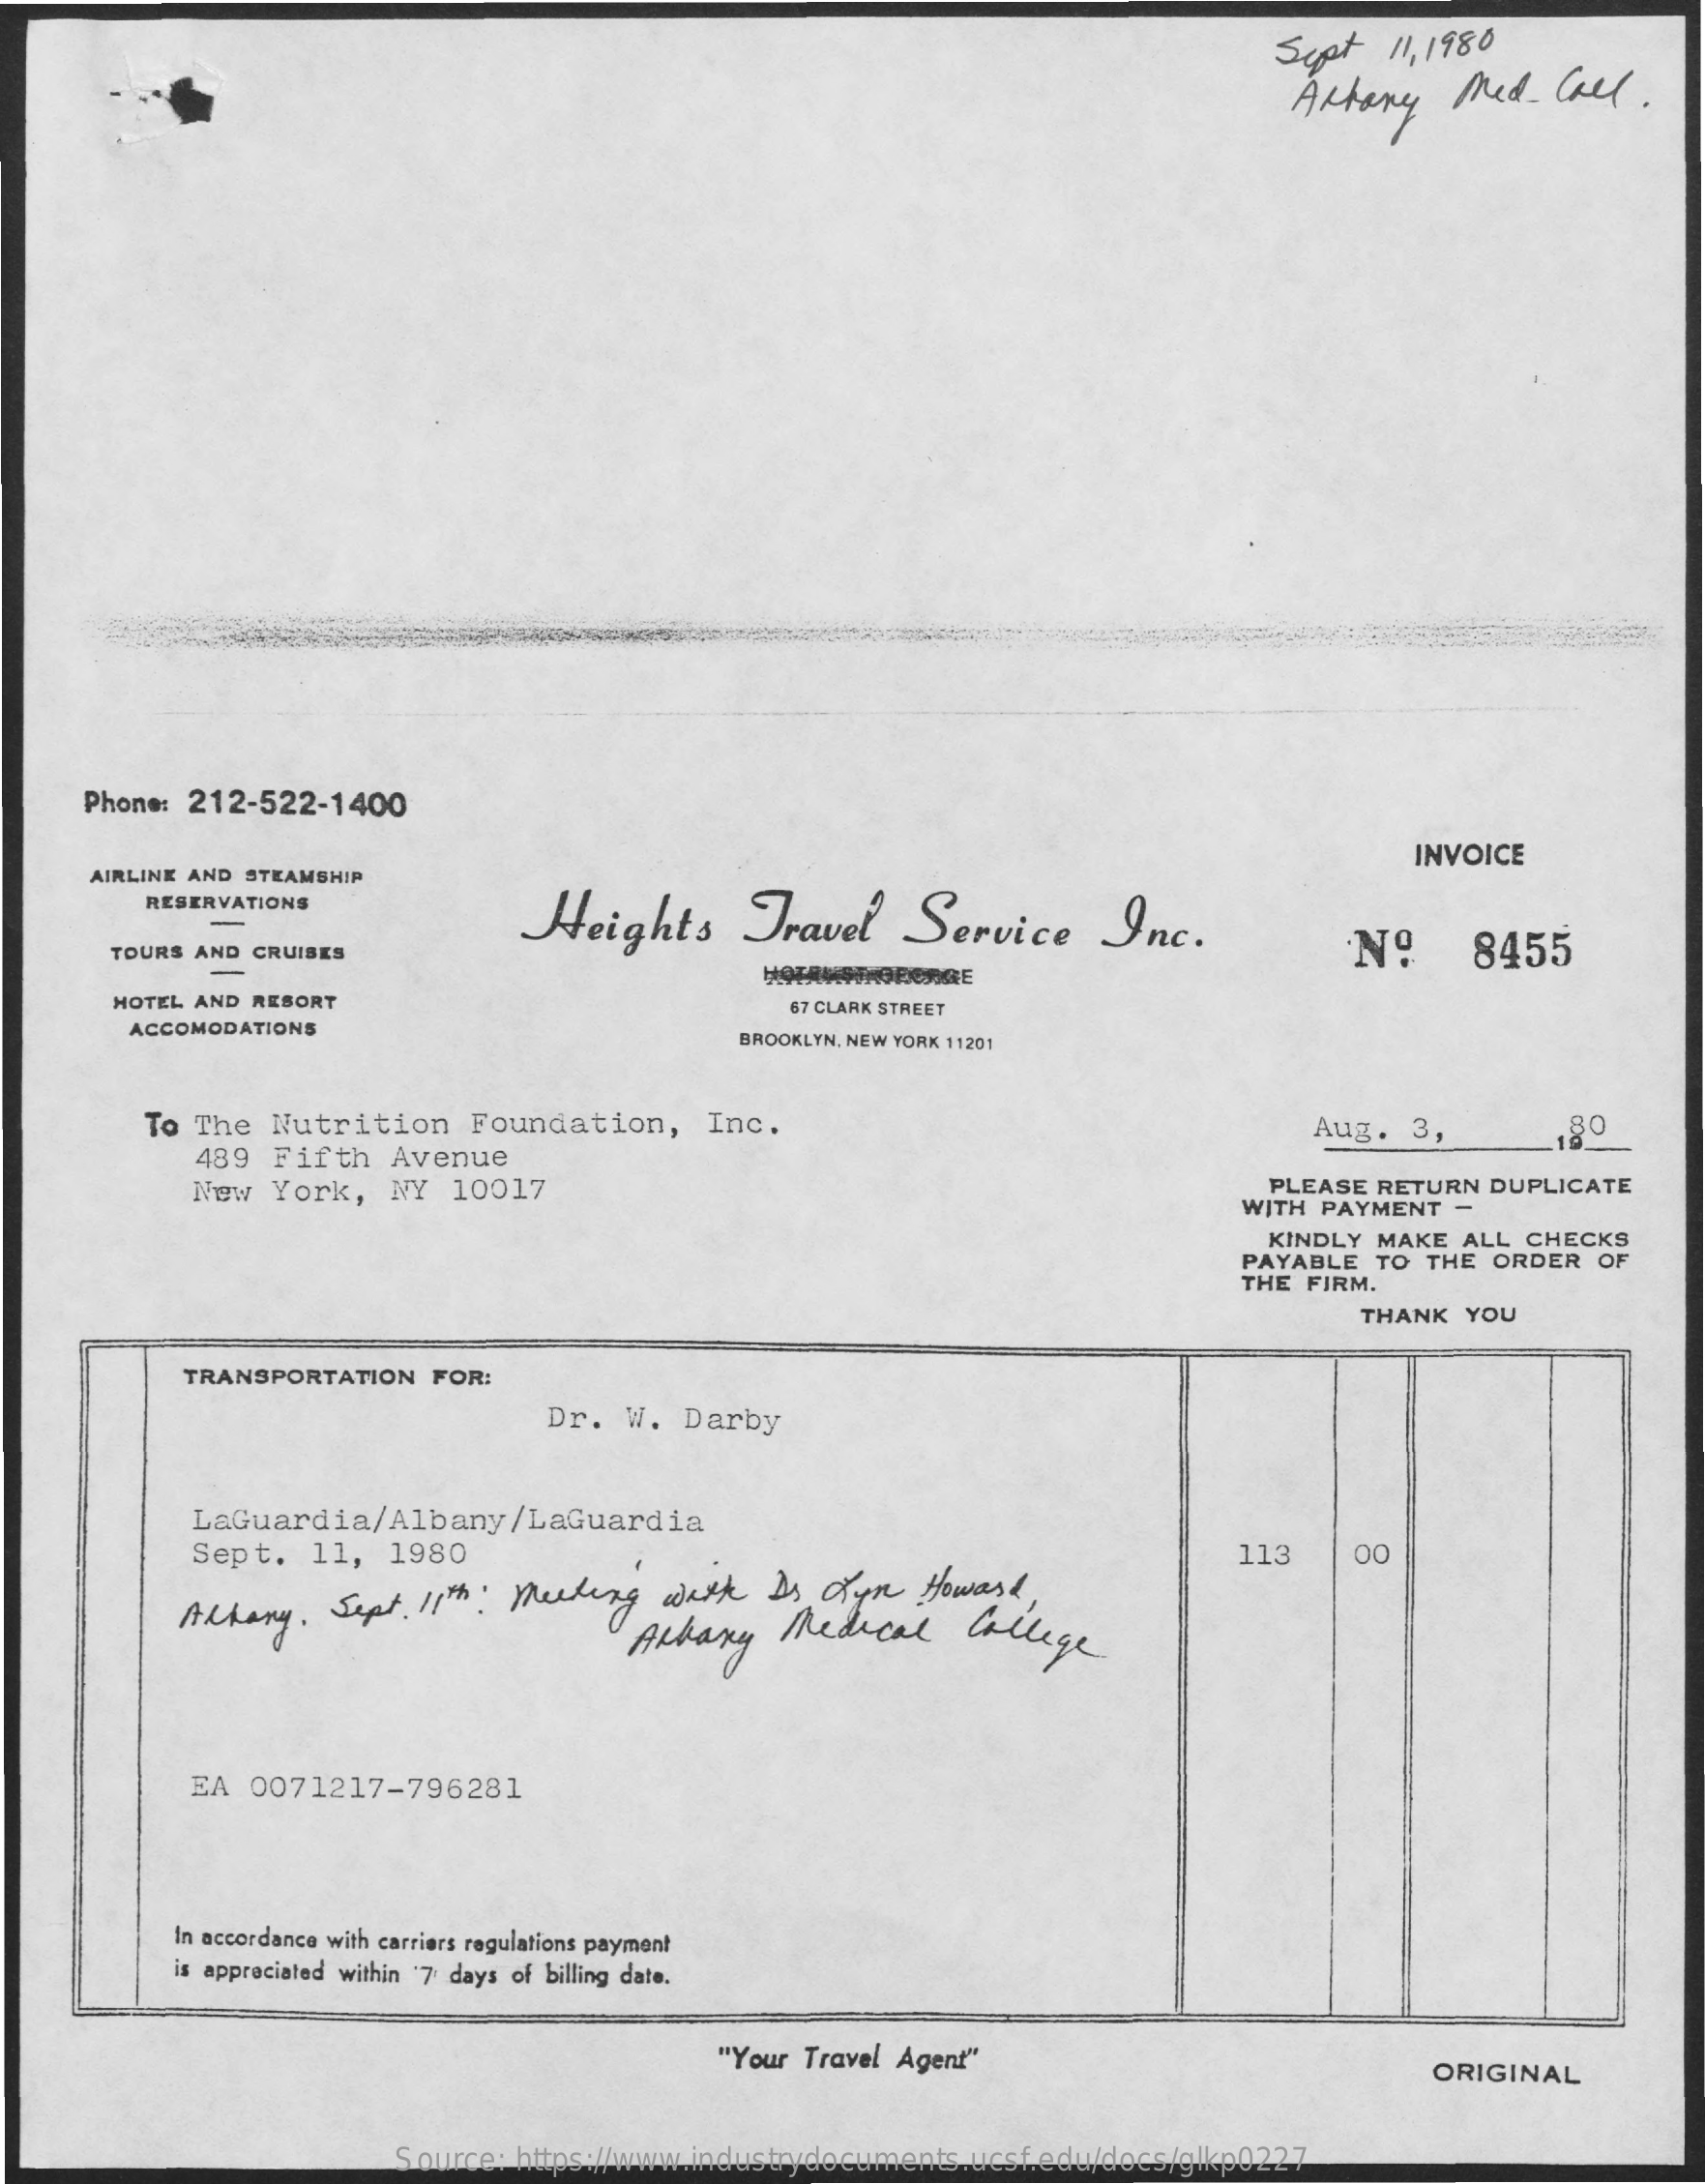
Sept    11, 1980
     Artery   Med-   Call.
     Phone: 212-522-1400
     INVOICE
     AIRLINE AND STEAMSHIP
     RESERVATIONS
     Heights    Travel    Service    Inc.    Nº    8455 TOURS AND CRUISES
     HOTEL AND RESORT    67 CLARK STREET
     ACCOMODATIONS
     BROOKLYN, NEW YORK 11201
     To The Nutrition    Foundation,    Inc.
     489  Fifth  Avenue
     Aug.   3,
     New  York,  NY  10017    PLEASE RETURN DUPLICATE
     WITH PAYMENT -
     KINDLY MAKE  ALL CHECKS
     PAYABLE TO THE  ORDER OF
     THE FIRM.
     THANK  YOU
     TRANSPORTATION  FOR:
     Dr. W.  Darby
     LaGuardia/Albany/LaGuardia
     Sept.  11,  1980    113    00
     Albany,  Sept  11th: Meeting   with  Ds  Lyne  Howard,
     Albany   Medical    College.
     EA 0071217-796281
     In accordance with carriers regulations payment
     is appreciated within '7 days of billing date.
     "Your Travel Agent"    ORIGINAL
     Source: https://www.industrydocuments.ucsf.edu/docs/glkp0227